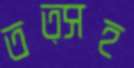
তত্সহ